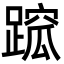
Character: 䠚